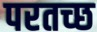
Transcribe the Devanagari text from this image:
परतच्‍छ